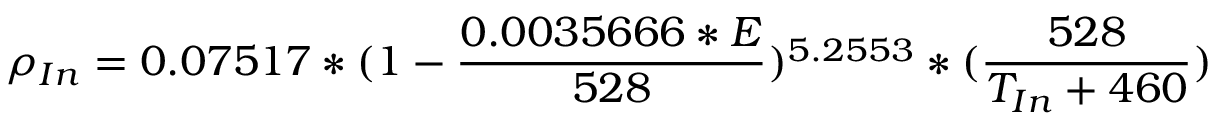
\rho _ { I n } = 0 . 0 7 5 1 7 * ( 1 - { \frac { 0 . 0 0 3 5 6 6 6 * E } { 5 2 8 } } ) ^ { 5 . 2 5 5 3 } * ( { \frac { 5 2 8 } { T _ { I n } + 4 6 0 } } ) \,